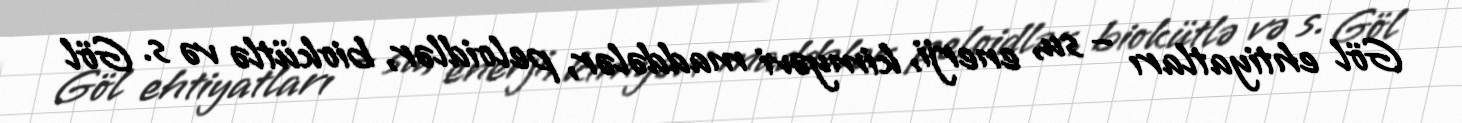
Göl ehtiyatları – su, enerji, kimyəvi maddələr, peloidlər, biokütlə və s. Göl